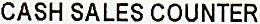
CASH SALES COUNTER